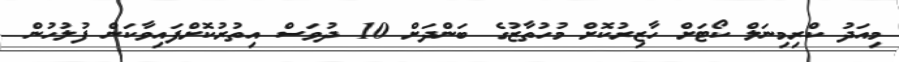
މިއަދު ކްރިމިނަލް ކޯޓަށް ހާޒިރުކޮށް މުހުތާޒުގެ ބަންދަށް 10 ދުވަސް އިތުރުކޮށްފައިވާކަން ފުލުހުން